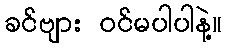
ခင်ဗျား ဝင်မပါပါနဲ့။